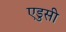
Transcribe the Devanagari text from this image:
एडुसी